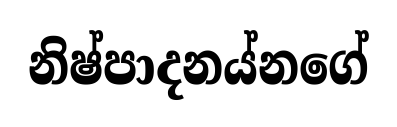
නිෂ්පාදනය්නගේ